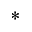
^ { * }